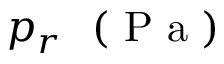
p _ { r } ~ \mathrm { ~ ( ~ P ~ a ~ ) ~ }